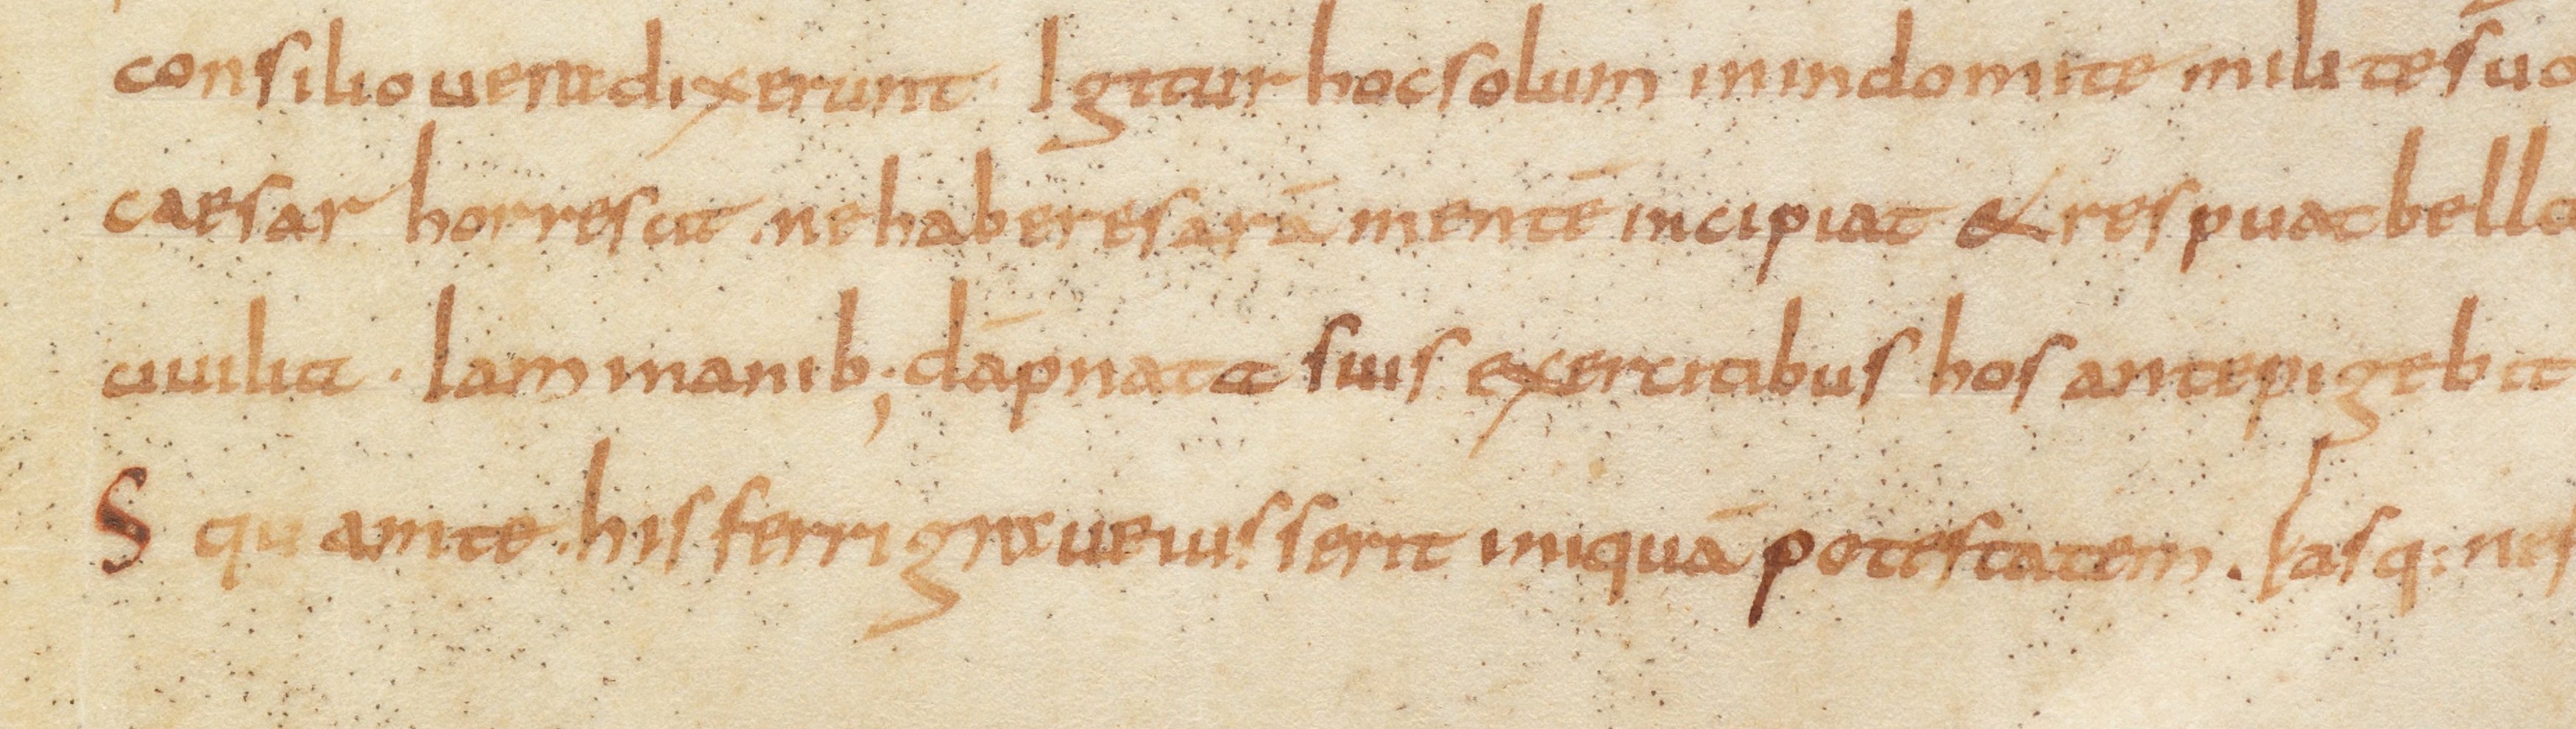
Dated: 885–899